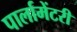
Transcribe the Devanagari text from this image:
पार्लामेंटरी